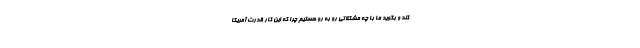
کند و بگوید ما با چه مشکلاتی رو به رو هستیم چرا که این کار قدرت آمریکا